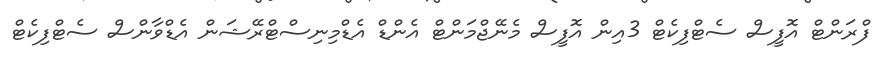
ފްރަންޓް އޮފީސް ސެޓްފިކެޓް 3އިން އޮފީސް މެނޭޖްމަންޓް އެންޑް އެޑްމިނިސްޓްރޭޝަން އެޑްވާންސް ސެޓްފިކެެޓް